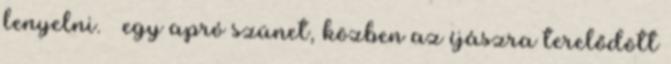
lenyelni. – egy apró szünet, közben az íjászra terelődött